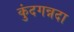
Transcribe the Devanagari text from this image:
कुंदगन्नदा